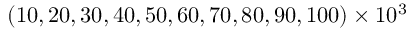
( 1 0 , 2 0 , 3 0 , 4 0 , 5 0 , 6 0 , 7 0 , 8 0 , 9 0 , 1 0 0 ) \times 1 0 ^ { 3 }